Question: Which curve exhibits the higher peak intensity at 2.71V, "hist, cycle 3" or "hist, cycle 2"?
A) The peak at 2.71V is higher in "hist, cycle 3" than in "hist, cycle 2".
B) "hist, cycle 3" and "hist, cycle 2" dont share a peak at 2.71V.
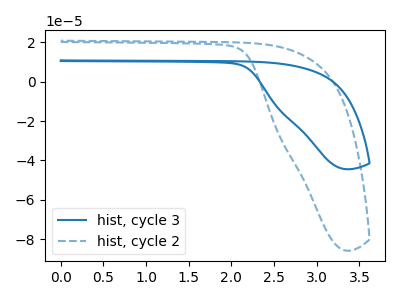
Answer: <think>The blue curve "hist, cycle 3" has no peaks. The blue dashed curve "hist, cycle 2" has no peaks.</think>
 <answer>B) "hist, cycle 3" and "hist, cycle 2" dont share a peak at 2.71V.</answer>
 <eval>B</eval>